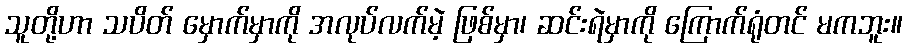
သူတို့ဟာ သပိတ် မှောက်မှာကို အလုပ်လက်မဲ့ ဖြစ်မှာ၊ ဆင်းရဲမှာကို ကြောက်ရုံတင် မကဘူး။